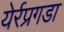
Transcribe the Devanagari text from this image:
येर्रप्रगडा